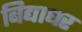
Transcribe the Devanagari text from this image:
बिद्याधर